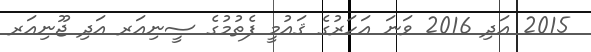
2015 އަދި 2016 ވަނަ އަހަރުގެ ޤައުމީ ފެތުމުގެ ސީނިއަރ އަދި ޖޫނިއަރ